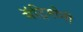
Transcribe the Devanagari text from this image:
मॅट्रिमोनी